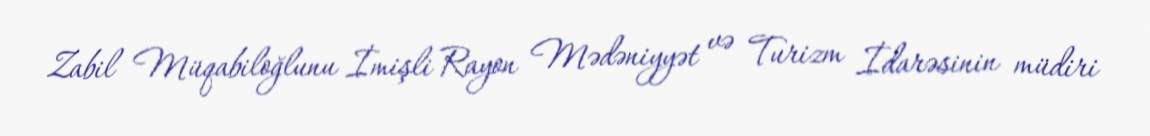
Zabil Müqabiloğlunu İmişli Rayon Mədəniyyət və Turizm İdarəsinin müdiri